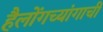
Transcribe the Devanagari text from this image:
हैलोंगच्यांगाची